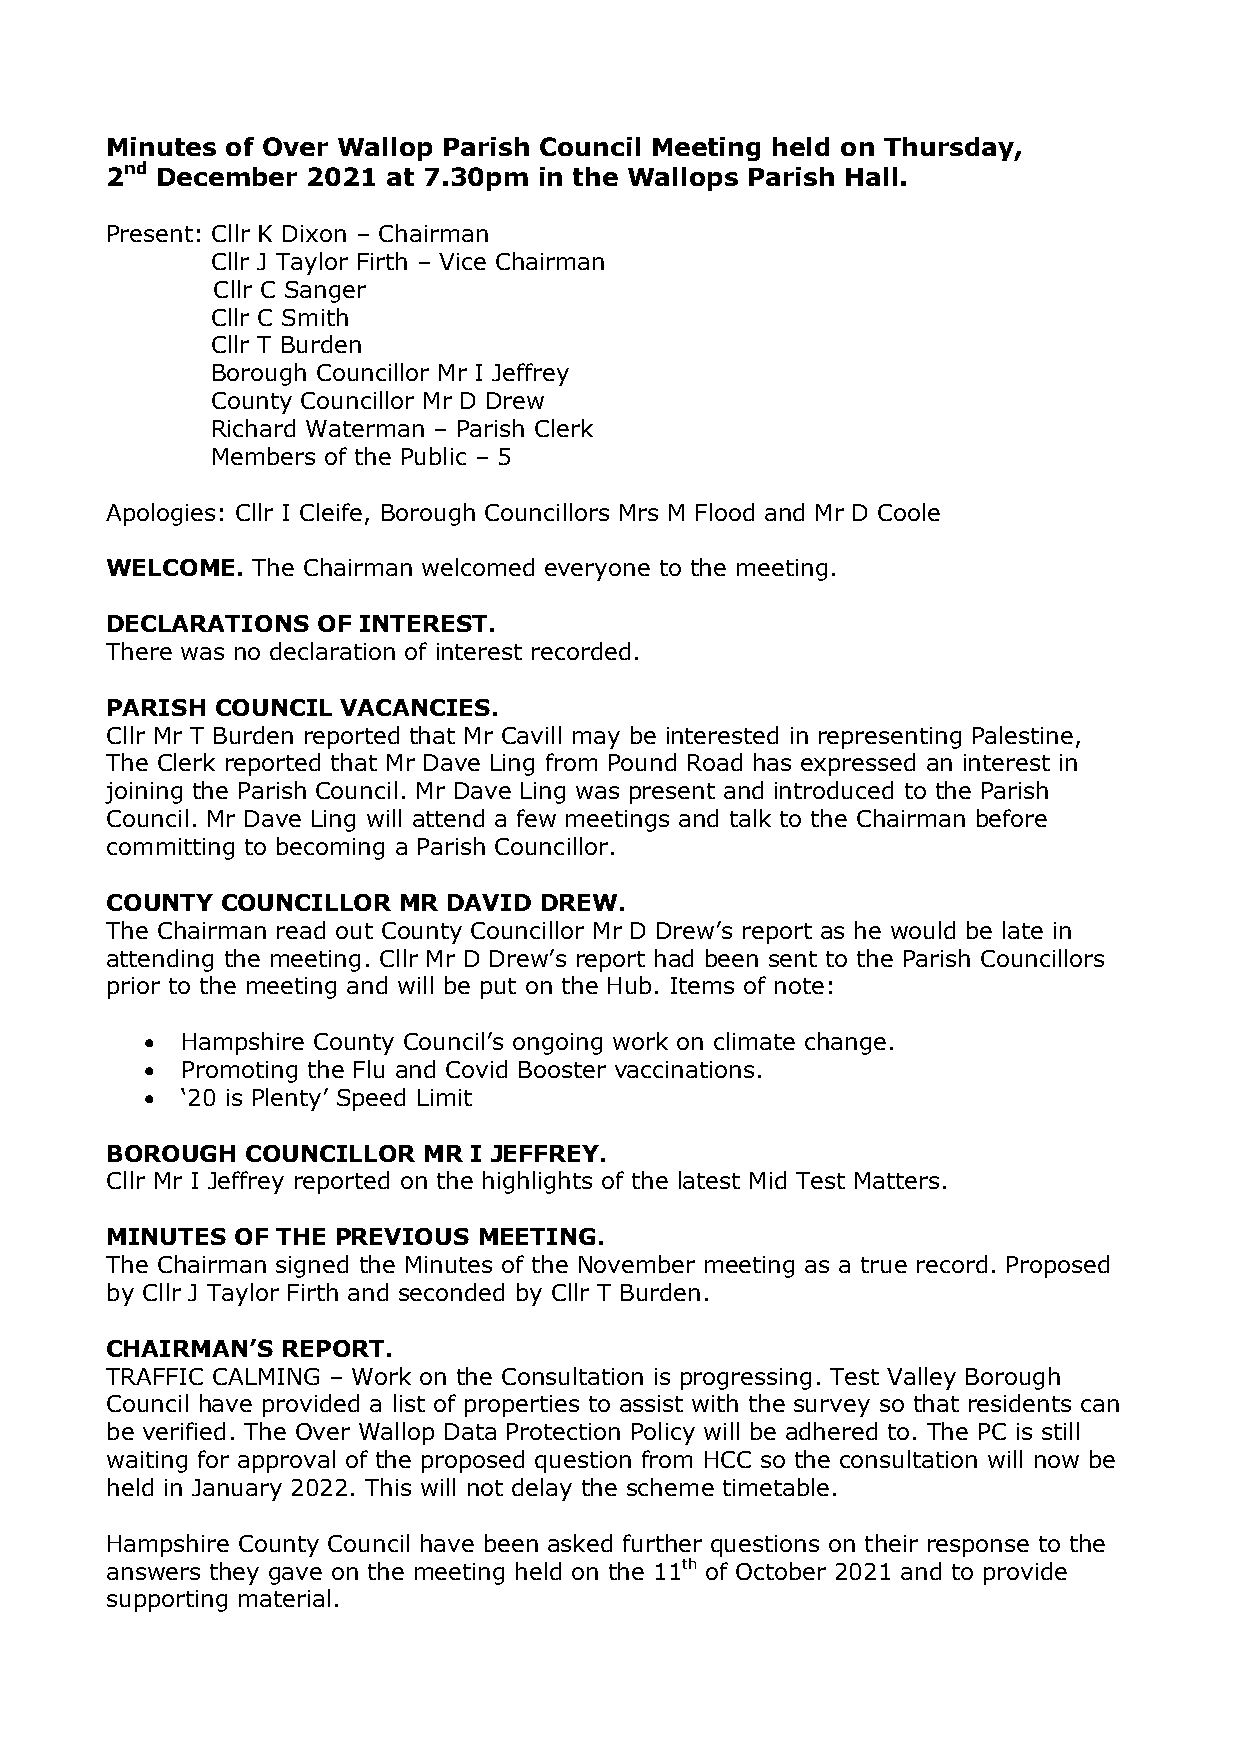
Minutes of Over Wallop Parish Council Meeting held on Thursday,
 2nd December 2021  at 7.30pm in the Wallops Parish Hall.
 Present: Cllr K Dixon – Chairman
 Cllr J Taylor Firth – Vice Chairman
 Cllr C Sanger
 Cllr C Smith
 Cllr T Burden
 Borough Councillor Mr I Jeffrey
 County Councillor Mr D Drew
 Richard Waterman – Parish Clerk
 Members of the Public – 5
 Apologies: Cllr I Cleife, Borough Councillors Mrs M Flood and Mr D Coole
 WELCOME.  The Chairman welcomed everyone to the meeting.
 DECLARATIONS  OF INTEREST.
 There was no declaration of interest recorded.
 PARISH COUNCIL  VACANCIES.
 Cllr Mr T Burden reported that Mr Cavill may be interested in representing Palestine,
 The Clerk reported that Mr Dave Ling from Pound Road has expressed an interest in
 joining the Parish Council. Mr Dave Ling was present and introduced to the Parish
 Council. Mr Dave Ling will attend a few meetings and talk to the Chairman before
 committing to becoming a Parish Councillor.
 COUNTY  COUNCILLOR MR  DAVID DREW.
 The Chairman read out County Councillor Mr D Drew’s report as he would be late in
 attending the meeting. Cllr Mr D Drew’s report had been sent to the Parish Councillors
 prior to the meeting and will be put on the Hub. Items of note:
  Hampshire County Council’s ongoing work on climate change.
  Promoting the Flu and Covid Booster vaccinations.
  ‘20 is Plenty’ Speed Limit
 BOROUGH  COUNCILLOR  MR I JEFFREY.
 Cllr Mr I Jeffrey reported on the highlights of the latest Mid Test Matters.
 MINUTES OF THE PREVIOUS  MEETING.
 The Chairman signed the Minutes of the November meeting as a true record. Proposed
 by Cllr J Taylor Firth and seconded by Cllr T Burden.
 CHAIRMAN’S  REPORT.
 TRAFFIC CALMING – Work on the Consultation is progressing. Test Valley Borough
 Council have provided a list of properties to assist with the survey so that residents can
 be verified. The Over Wallop Data Protection Policy will be adhered to. The PC is still
 waiting for approval of the proposed question from HCC so the consultation will now be
 held in January 2022. This will not delay the scheme timetable.
 Hampshire County Council have been asked further questions on their response to the
 answers they gave on the meeting held on the 11th of October 2021 and to provide
 supporting material.